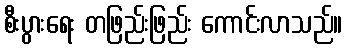
စီးပွားရေး တဖြည်းဖြည်း ကောင်းလာသည်။